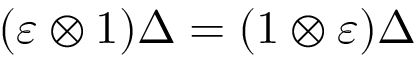
( \varepsilon \otimes 1 ) \Delta = ( 1 \otimes \varepsilon ) \Delta